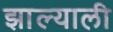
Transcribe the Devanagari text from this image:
झाल्याली